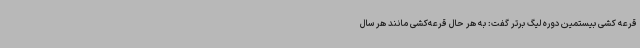
قرعه کشی بیستمین دوره لیگ برتر گفت: به هر حال قرعه‌کشی مانند هر سال